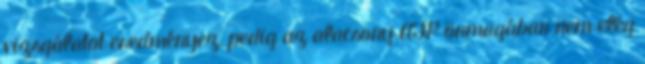
vizsgálatot eredményez, pedig az alacsony AFP önmagában nem elég